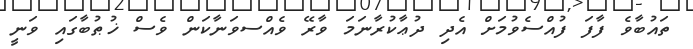
ތައުބާވެ ފާފަ ފުއްސެވުމަށް އެދި ދުޢާކުރާނަމަ ވާރޭ ވެއްސވަނާކަން ވެސް ޚުޠުބާގައި ވަނީ